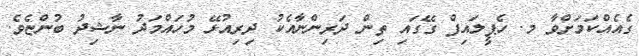
ގެއެއްކަމަށްވާ މ. ހެޕީލައިފް ގޭގައި ތިން ދަރިންނާއެކު ދިރިއުޅޭ މުހައްމަދު ނާޝިދު ބުންޏެވެ.